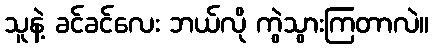
သူနဲ့ ခင်ခင်လေး ဘယ်လို ကွဲသွားကြတာလဲ။